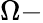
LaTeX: \Omega-